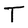
Character: T